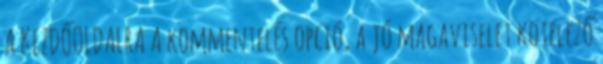
A KEZDŐOLDALRA A kommentelés opció, a jó magaviselet kötelező